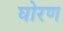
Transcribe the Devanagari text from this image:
घोरण